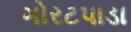
ગોરટપાડા